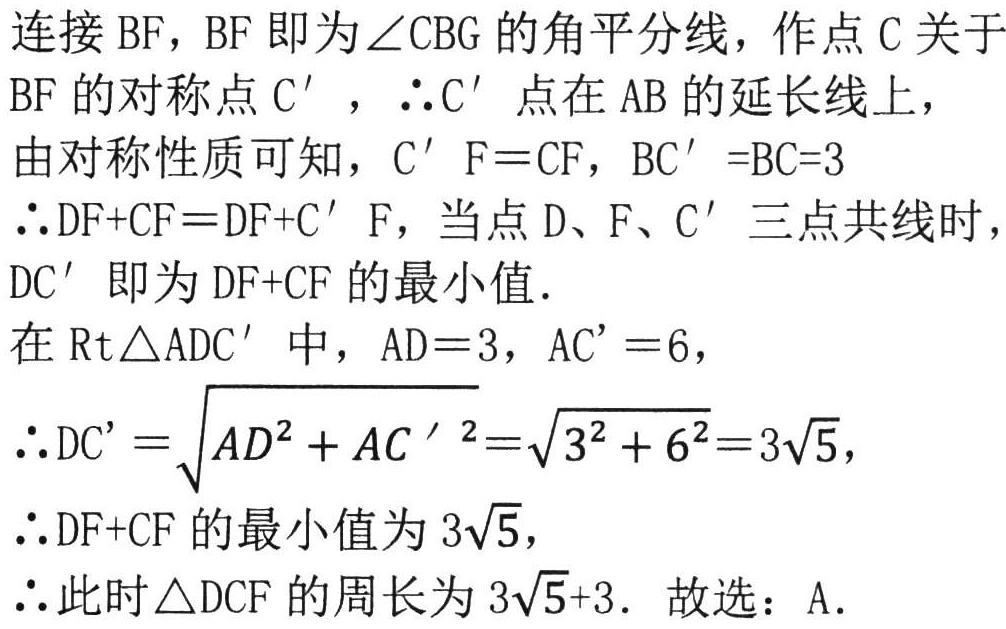
连接 \(BF\)，\(BF\) 即为 \(\angle CBG\) 的角平分线，作点 \(C\) 关于 \(BF\) 的对称点 \(C'\)，\(\therefore C'\) 点在 \(AB\) 的延长线上，

由对称性质可知，\(C'F = CF\)，\(BC' = BC = 3\)

\(\therefore DF + CF = DF + C'F\)，当点 \(D\)、\(F\)、\(C'\) 三点共线时，\(DC'\) 即为 \(DF + CF\) 的最小值．

在 \(\text{Rt}\triangle ADC'\) 中，\(AD = 3\)，\(AC' = 6\)，

\(\therefore DC'=\sqrt{AD^{2}+AC'^{2}}=\sqrt{3^{2}+6^{2}} = 3\sqrt{5}\)，

\(\therefore DF + CF\) 的最小值为 \(3\sqrt{5}\)，

\(\therefore\) 此时 \(\triangle DCF\) 的周长为 \(3\sqrt{5}+3\)． 故选：A．